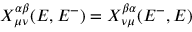
X _ { \mu \nu } ^ { \alpha \beta } ( E , E ^ { - } ) = X _ { \nu \mu } ^ { \beta \alpha } ( E ^ { - } , E )